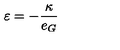
\varepsilon = - \frac { \kappa } { e _ { G } }